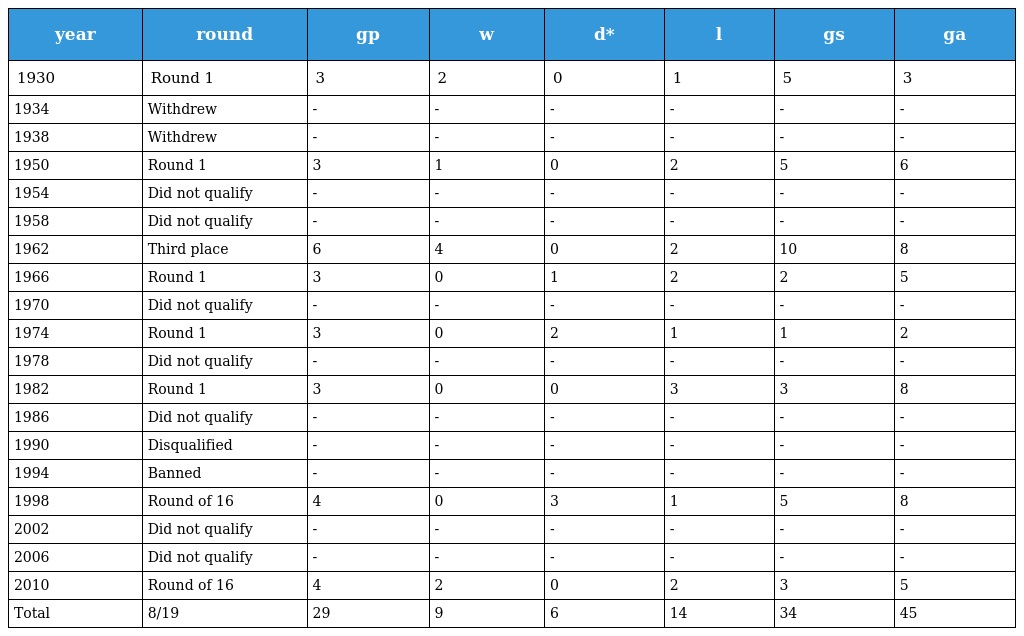
| year | round | gp | w | d* | l | gs | ga |
 | --- | --- | --- | --- | --- | --- | --- | --- |
 | 1930 | Round 1 | 3 | 2 | 0 | 1 | 5 | 3 |
 | 1934 | Withdrew | - | - | - | - | - | - |
 | 1938 | Withdrew | - | - | - | - | - | - |
 | 1950 | Round 1 | 3 | 1 | 0 | 2 | 5 | 6 |
 | 1954 | Did not qualify | - | - | - | - | - | - |
 | 1958 | Did not qualify | - | - | - | - | - | - |
 | 1962 | Third place | 6 | 4 | 0 | 2 | 10 | 8 |
 | 1966 | Round 1 | 3 | 0 | 1 | 2 | 2 | 5 |
 | 1970 | Did not qualify | - | - | - | - | - | - |
 | 1974 | Round 1 | 3 | 0 | 2 | 1 | 1 | 2 |
 | 1978 | Did not qualify | - | - | - | - | - | - |
 | 1982 | Round 1 | 3 | 0 | 0 | 3 | 3 | 8 |
 | 1986 | Did not qualify | - | - | - | - | - | - |
 | 1990 | Disqualified | - | - | - | - | - | - |
 | 1994 | Banned | - | - | - | - | - | - |
 | 1998 | Round of 16 | 4 | 0 | 3 | 1 | 5 | 8 |
 | 2002 | Did not qualify | - | - | - | - | - | - |
 | 2006 | Did not qualify | - | - | - | - | - | - |
 | 2010 | Round of 16 | 4 | 2 | 0 | 2 | 3 | 5 |
 | Total | 8/19 | 29 | 9 | 6 | 14 | 34 | 45 |